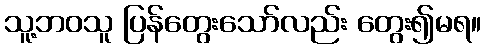
သူ့ဘဝသူ ပြန်တွေးသော်လည်း တွေး၍မရ။